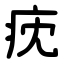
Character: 㽸